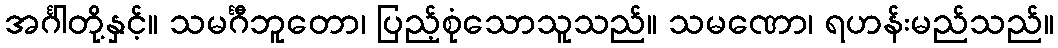
အင်္ဂါတို့နှင့်။ သမင်္ဂီဘူတော၊ ပြည့်စုံသောသူသည်။ သမဏော၊ ရဟန်းမည်သည်။